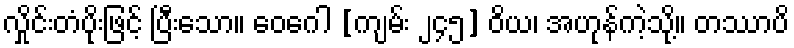
လှိုင်းတံပိုးဖြင့် ပြီးသော။ ဝေဂေါ [ကျမ်း ၂၄၅] ဝိယ၊ အဟုန်ကဲ့သို့။ တဿာပိ